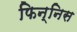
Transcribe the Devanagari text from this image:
फिन्निस